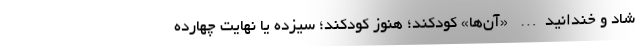
شاد و خندانید… «آن‌ها» کودکند؛ هنوز کودکند؛ سیزده یا نهایت چهارده